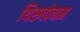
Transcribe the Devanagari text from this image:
थिरुवोनम